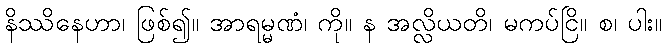
နိဿိနေဟာ၊ ဖြစ်၍။ အာရမ္မဏံ၊ ကို။ န အလ္လိယတိ၊ မကပ်ငြိ။ စ၊ ပါး။